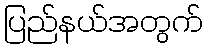
ပြည်နယ်အတွက်